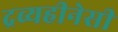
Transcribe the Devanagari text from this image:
द्रव्यहीनेसी